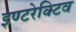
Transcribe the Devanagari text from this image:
इण्टरेक्टिव